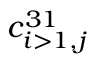
c _ { i > 1 , j } ^ { 3 1 }